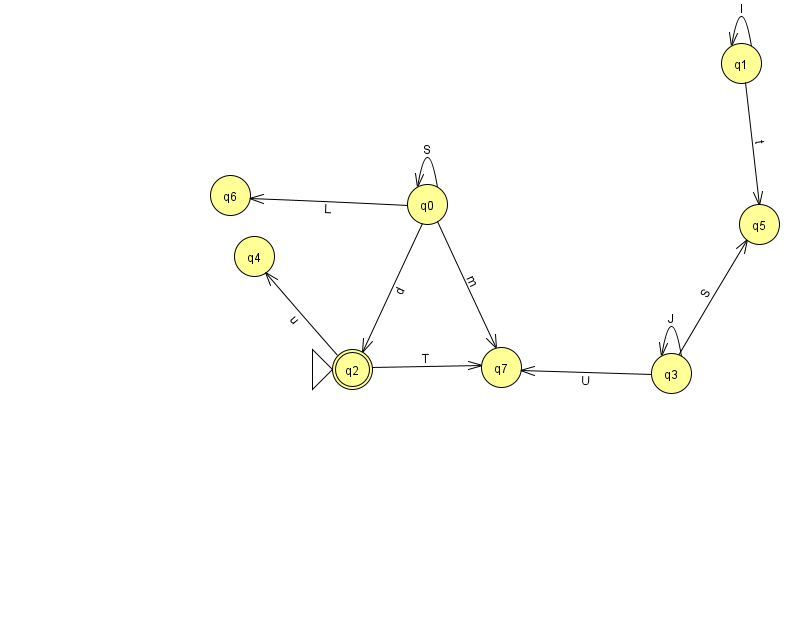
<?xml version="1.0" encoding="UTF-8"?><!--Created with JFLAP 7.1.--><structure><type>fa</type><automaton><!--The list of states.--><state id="0" name="q0"><x>427.0</x><y>191.0</y></state><state id="1" name="q1"><x>741.0</x><y>50.0</y></state><state id="2" name="q2"><x>352.0</x><y>356.0</y><initial/><final/></state><state id="3" name="q3"><x>671.0</x><y>360.0</y></state><state id="4" name="q4"><x>254.0</x><y>243.0</y></state><state id="5" name="q5"><x>759.0</x><y>211.0</y></state><state id="6" name="q6"><x>230.0</x><y>182.0</y></state><state id="7" name="q7"><x>501.0</x><y>354.0</y></state><!--The list of transitions.--><transition><from>3</from><to>5</to><read>S</read></transition><transition><from>0</from><to>2</to><read>d</read></transition><transition><from>2</from><to>7</to><read>T</read></transition><transition><from>0</from><to>0</to><read>S</read></transition><transition><from>2</from><to>4</to><read>u</read></transition><transition><from>3</from><to>3</to><read>J</read></transition><transition><from>3</from><to>7</to><read>U</read></transition><transition><from>1</from><to>1</to><read>l</read></transition><transition><from>0</from><to>7</to><read>m</read></transition><transition><from>1</from><to>5</to><read>t</read></transition><transition><from>0</from><to>6</to><read>L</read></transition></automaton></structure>